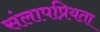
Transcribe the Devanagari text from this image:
संलापप्रियता